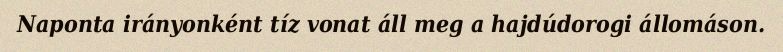
Naponta irányonként tíz vonat áll meg a hajdúdorogi állomáson.